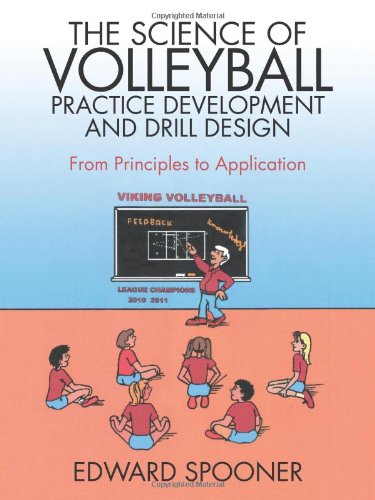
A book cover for The Science of Volleyball Practice Development and Drill Design: From Principles to Application; Edward Spooner; Sports & Outdoors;